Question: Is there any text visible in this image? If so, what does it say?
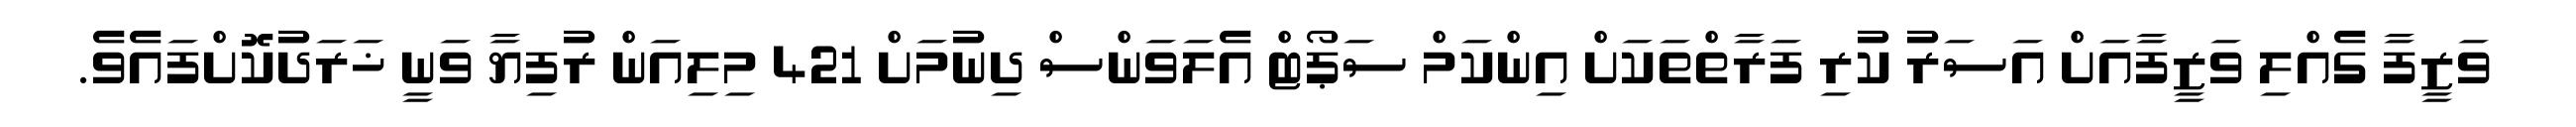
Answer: ވަޒީފާ ގެއްލި ވަޒީފާއަށް އަސަރު ކުރި ފަރާތްތަކަށް އިންކަމް ސަޕޯޓް އެލަވަންސް ދިނުމަށް 421 މިލިއަން ރުފިޔާ ވަނީ ޚަރަދުކޮށްފައެވެ.